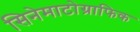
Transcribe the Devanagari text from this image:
सिनेमाटोग्राफिक